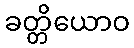
ခတ္တိယောဝ